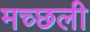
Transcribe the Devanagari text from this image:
मच्छली